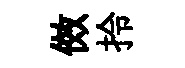
傚拎